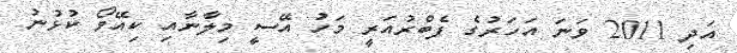
އަދި 2011 ވަނަ އަހަރުގެ ފެބްރުއަރީ މަހު އޭސީ މިލާނާއި ކިއޭވޯ ކުޅުނު